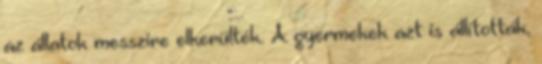
az állatok messzire elkerülték. A gyermekek azt is állították,